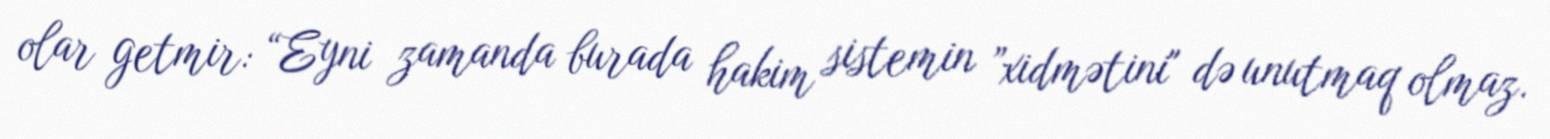
olar getmir: “Eyni zamanda burada hakim sistemin ”xidmətini" də unutmaq olmaz.